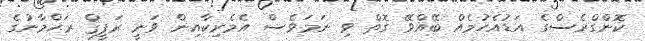
ކޮންގްރެސްގެ އަޑުއެހުމެއް ބޭއްވޭ ގޮތް ވި ނަމަވެސް އެމެރިކާއިން ވަނީ ރަފީޤް ރަޙްމާނުގެ